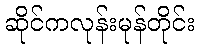
ဆိုင်ကလုန်းမုန်တိုင်း